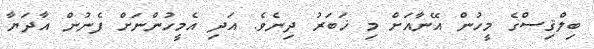
ބިލްޤިސްގެ މީހުން އޭނާއަށް މި ޚަބަރު ދިނެވެ. އަދި އެމީހުންނަށް ފެނުން އާދަޔާ